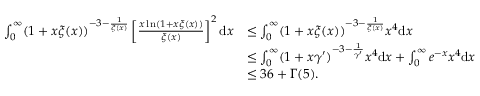
\begin{array} { r l } { \int _ { 0 } ^ { \infty } ( 1 + x \xi ( x ) ) ^ { - 3 - \frac { 1 } { \xi ( x ) } } \left[ \frac { x \ln ( 1 + x \xi ( x ) ) } { \xi ( x ) } \right] ^ { 2 } \mathrm { d } x } & { \leq \int _ { 0 } ^ { \infty } ( 1 + x \xi ( x ) ) ^ { - 3 - \frac { 1 } { \xi ( x ) } } x ^ { 4 } \mathrm { d } x } \\ & { \leq \int _ { 0 } ^ { \infty } ( 1 + x \gamma ^ { \prime } ) ^ { - 3 - \frac { 1 } { \gamma ^ { \prime } } } x ^ { 4 } \mathrm { d } x + \int _ { 0 } ^ { \infty } e ^ { - x } x ^ { 4 } \mathrm { d } x } \\ & { \leq 3 6 + \Gamma ( 5 ) . } \end{array}